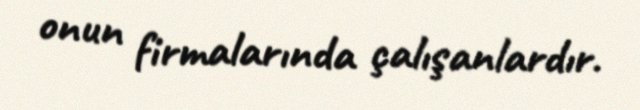
onun firmalarında çalışanlardır.